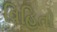
વિહિતો